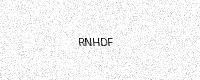
Text: RNHDF